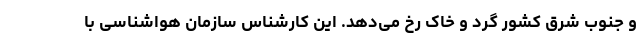
و جنوب شرق کشور گرد و خاک رخ می‌دهد. این کارشناس سازمان هواشناسی با